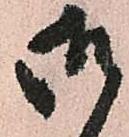
御